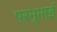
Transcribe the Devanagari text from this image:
परभूभाई